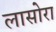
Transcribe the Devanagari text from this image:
लासोरा